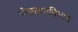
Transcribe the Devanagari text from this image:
नीलाञ्जननिभाय